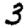
Digit: 3